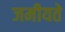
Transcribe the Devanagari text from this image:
जमीयते